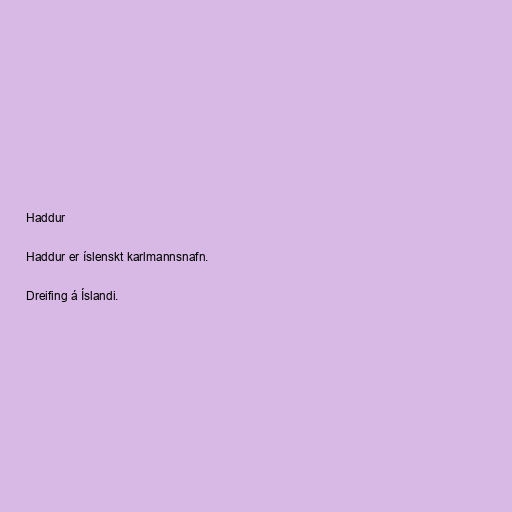
Haddur

Haddur er íslenskt karlmannsnafn.

Dreifing á Íslandi.